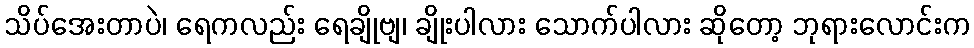
သိပ်အေးတာပဲ၊ ရေကလည်း ရေချိုဗျ၊ ချိုးပါလား သောက်ပါလား ဆိုတော့ ဘုရားလောင်းက